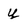
Character: y